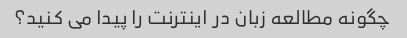
چگونه مطالعه زبان در اینترنت را پیدا می کنید؟